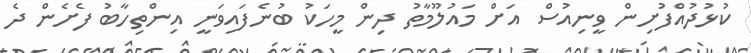
ކުޅުދުއްފުށިން ވީނިއުސް އަށް މައުލޫމާތު ދިން މީހަކު ބުނެފައިވަނީ އިންތިހާބު ފެށެން ދެ